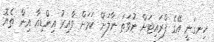
ހިނގަނީ އޭގެ ފްރައިޓަށް ނުވަތަ ނާލަށް ކަމަށް ވާއިރު އިންޑިއާ އިން ތެޔޮ